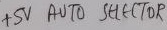
Text: +5V  AUTO SELECTOR